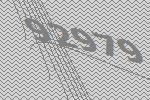
92979